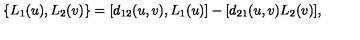
\{ L _ { 1 } ( u ) , L _ { 2 } ( v ) \} = [ d _ { 1 2 } ( u , v ) , L _ { 1 } ( u ) ] - [ d _ { 2 1 } ( u , v ) L _ { 2 } ( v ) ] ,